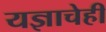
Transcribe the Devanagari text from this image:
यज्ञाचेही